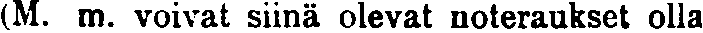
(M. m. voivat siinä olevat noteraukset olla